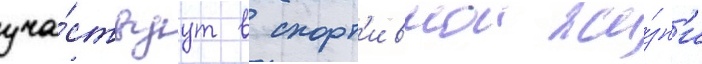
уча́ствуут в спорт'ивнои жи́зн'и